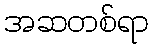
အဆတစ်ရာ